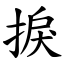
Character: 捩